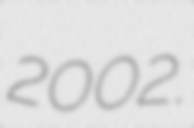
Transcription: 2002.